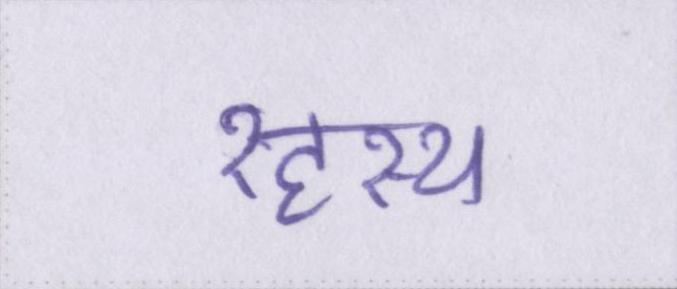
रहस्य